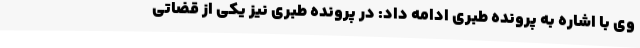
وی با اشاره به پرونده طبری ادامه داد: در پرونده طبری نیز یکی از قضاتی